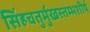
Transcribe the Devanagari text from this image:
सिंहचतुर्मुखस्तम्भशीर्ष